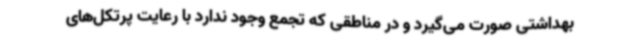
بهداشتی صورت می‌گیرد و در مناطقی که تجمع وجود ندارد با رعایت پرتکل‌های